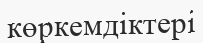
көркемдіктері